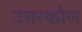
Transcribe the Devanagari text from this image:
उत्तरकौल